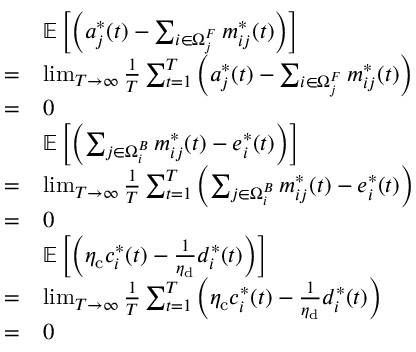
\begin{array} { r l } & { \mathbb { E } \left[ \left( a _ { j } ^ { * } ( t ) - \sum _ { i \in \Omega _ { j } ^ { F } } m _ { i j } ^ { * } ( t ) \right) \right] } \\ { = } & { \operatorname* { l i m } _ { T \to \infty } \frac { 1 } { T } \sum _ { t = 1 } ^ { T } \left( a _ { j } ^ { * } ( t ) - \sum _ { i \in \Omega _ { j } ^ { F } } m _ { i j } ^ { * } ( t ) \right) } \\ { = } & { 0 } \\ & { \mathbb { E } \left[ \left( \sum _ { j \in \Omega _ { i } ^ { B } } m _ { i j } ^ { * } ( t ) - e _ { i } ^ { * } ( t ) \right) \right] } \\ { = } & { \operatorname* { l i m } _ { T \to \infty } \frac { 1 } { T } \sum _ { t = 1 } ^ { T } \left( \sum _ { j \in \Omega _ { i } ^ { B } } m _ { i j } ^ { * } ( t ) - e _ { i } ^ { * } ( t ) \right) } \\ { = } & { 0 } \\ & { \mathbb { E } \left[ \left( \eta _ { \mathrm { c } } c _ { i } ^ { * } ( t ) - \frac { 1 } { \eta _ { \mathrm { d } } } d _ { i } ^ { * } ( t ) \right) \right] } \\ { = } & { \operatorname* { l i m } _ { T \to \infty } \frac { 1 } { T } \sum _ { t = 1 } ^ { T } \left( \eta _ { \mathrm { c } } c _ { i } ^ { * } ( t ) - \frac { 1 } { \eta _ { \mathrm { d } } } d _ { i } ^ { * } ( t ) \right) } \\ { = } & { 0 } \end{array}